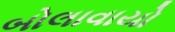
બોલાવાયો